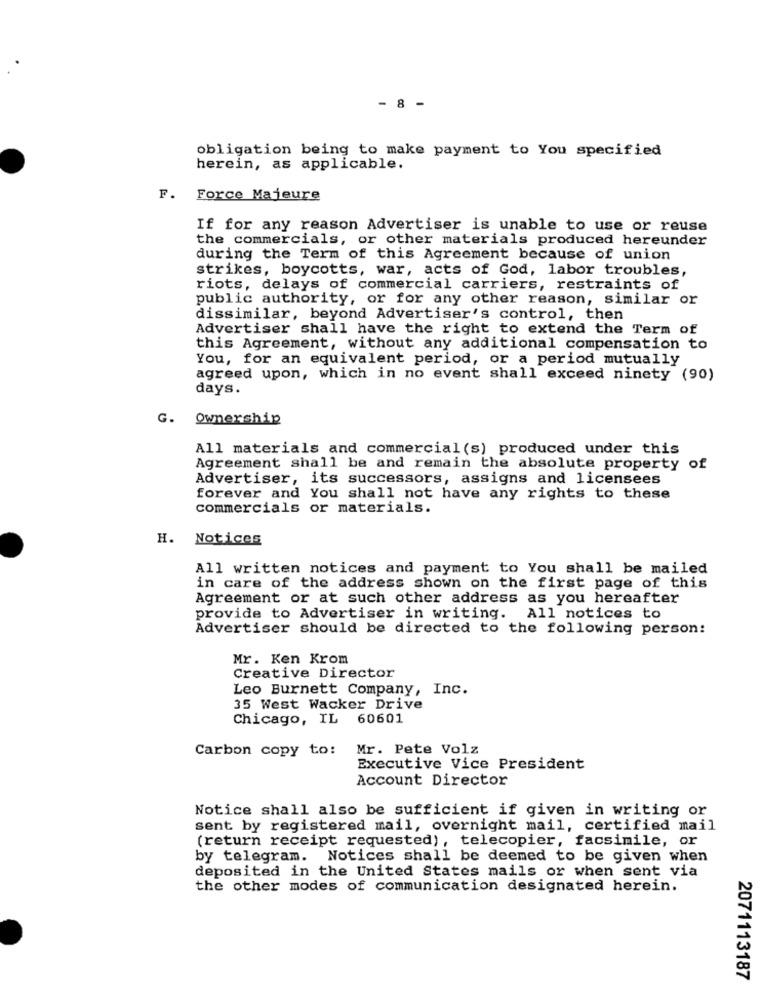
- 8 -
obligation being to make payment to You specified
herein, as applicable.
F. Force Majeure
If for any reason Advertiser is unable to use or reuse
the commercials, or other materials produced hereunder
during the Term of this Agreement because of union
strikes, boycotts, war, acts of God, labor troubles,
riots, delays of commercial carriers, restraints of
public authority, or for any other reason, similar or
dissimilar, beyond Advertiser's control, then
Advertiser shall have the right to extend the Term of
this Agreement, without any additional compensation to
You, for an equivalent period, or a period mutually
agreed upon, which in no event shall exceed ninety (90)
days.
G.
Ownership
All materials and commercial (s) produced under this
Agreement shall be and remain the absolute property of
Advertiser, its successors, assigns and licensees
forever and You shall not have any rights to these
commercials or materials.
H.
Notices
All written notices and payment to You shall be mailed
in care of the address shown on the first page of this
Agreement or at such other address as you hereafter
provide to Advertiser in writing. All notices to
Advertiser should be directed to the following person:
Mr. Ken Krom
Creative Director
Leo Burnett Company, Inc.
35 West Wacker Drive
Chicago, IL 60601
Carbon copy to:
Mr. Pete Volz
Executive Vice President
Account Director
Notice shall also be sufficient if given in writing or
sent by registered mail, overnight mail, certified mail
(return receipt requested), telecopier, facsimile, or
by telegram. Notices shall be deemed to be given when
deposited in the United States mails or when sent via
the other modes of communication designated herein.
2071113187